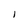
Character: I